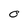
Character: 0